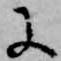
に